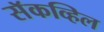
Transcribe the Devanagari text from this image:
सॅकव्हिल